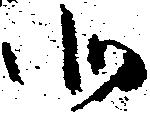
北